Rae_vallavalitsus, lk 86
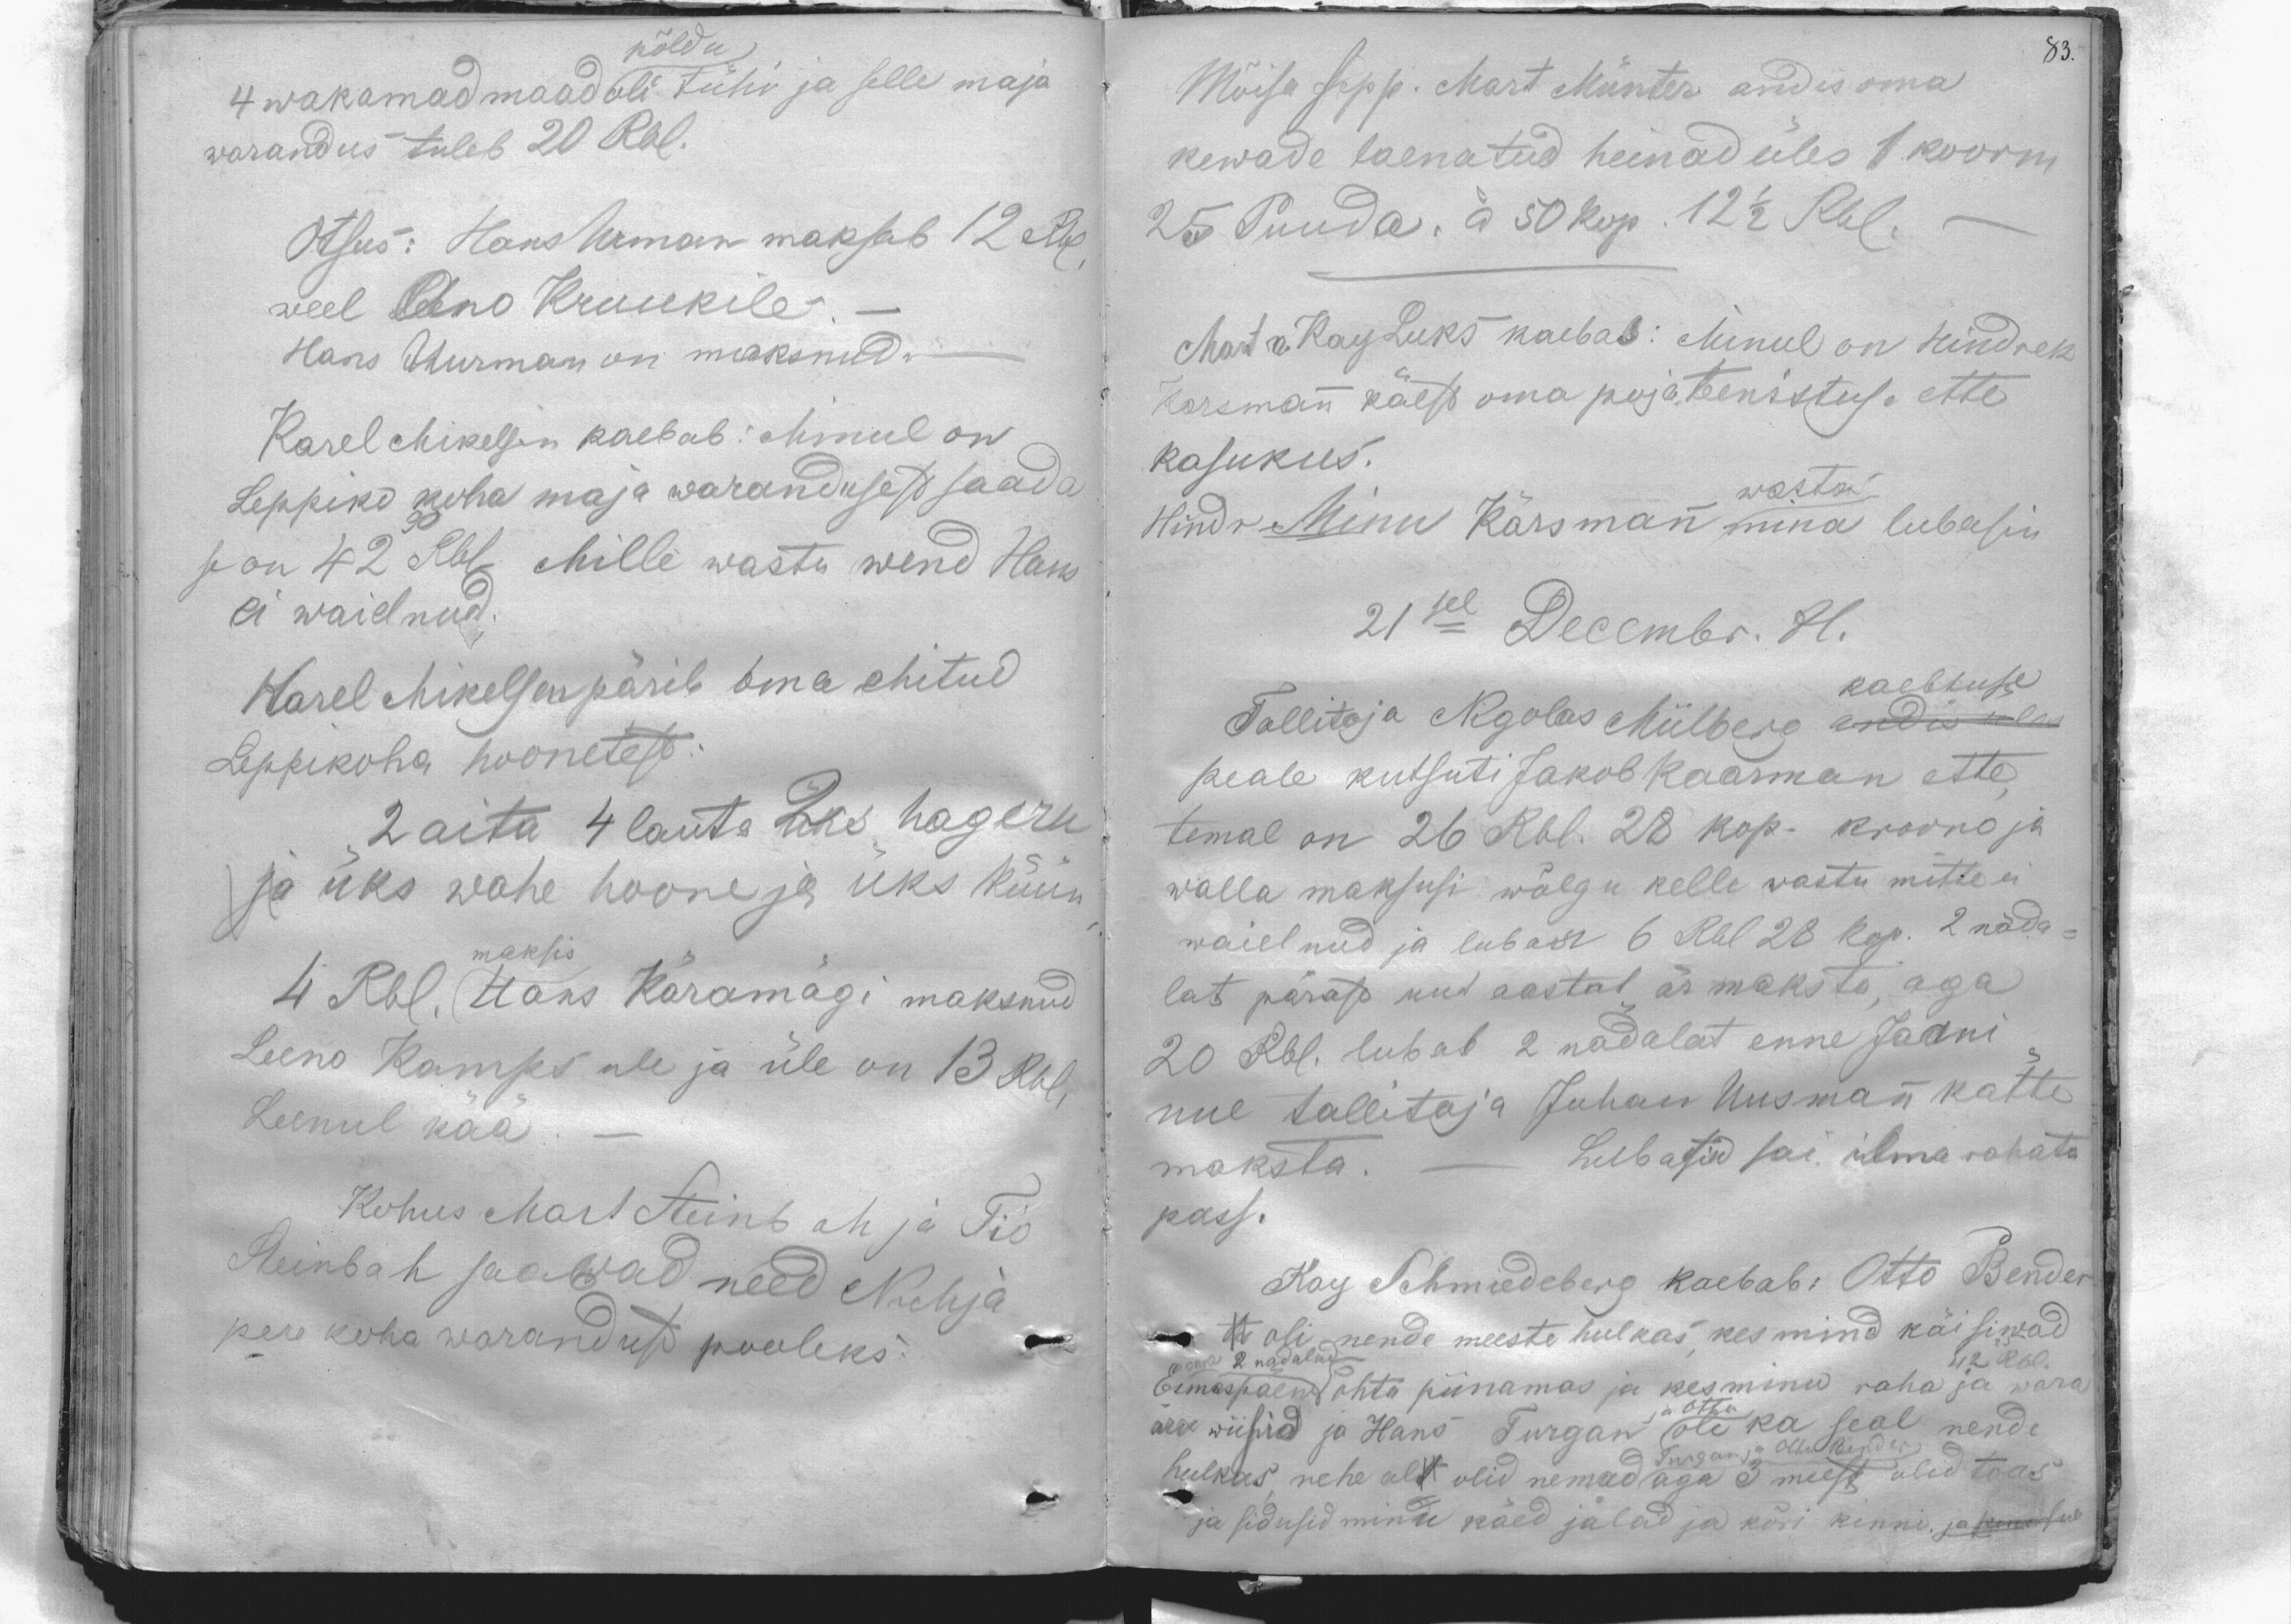
põldu
4 wakamad maad oli tühi ja selle maja
warandus tuleb 20 Rbl.
Otsus: Hans Urman maksab 12 Rbl.
weel Ano Kruukile.
Hans Uurman on maksnud.
Karel Mikelsen kaebab: Minul on
Leppiko koha maja warandusest saada
30
se on 42 Rbl Mille wastu wend Hans
ei waielnud.
Karel Mikelsen pärib oma ehitud
Leppikoha hoonetest:
2 aita 4 lauta üks hageru
ja üks wahe hoone ja üks küün
maksis
4 Rbl. Hans Käramagi maksnud
Leeno Kampsule ja üle on 13 Rbl,
Leenul kää
Kohus Mart Steinbah ja Tio
Steinbah saawad need Nuhja
pere koha warandust pooleks.

83.

Mõisa sepp. Mart Münter andis oma
kewade laenatud heinad üles 1 koorm
25 Puuda. á 50 kop. 12 1/2 Rbl.
Mart n. Kay Luks kaebas: Minul on Hindrek
Kersmann käest oma poja teenistuse ette
kasukus.
Hindr Minu Kärsmann mina lubasin
wasta
21sel Decembr. 81.
Tallitaja Nigolas Miilberg andis üles
kaebtuse
peale kutsuti Jakob Kaarman ette,
temal on 26 Rbl. 28 kop. kroono ja
walla maksusi wõlgu kelle wastu mitte ei
waielnud ja lubas 6 Rbl 28 kop. 2 näda-
lat pärast uut aastat är maksta, aga
20 Rbl. lubab 2 nädalat enne Jaani
uue tallitaja Juhan Uusmann kätte
maksta. - Lubasid sai ilma rahata
pass.
Kay Schmiedeberg kaebab: Otto Bender
on oli nende meeste hulkas, kes mind käisiwad
enne 2 nadalad
Esmaspäew õhtu piinamas ja kes minu raha ja wara
12 Rbl.
ara wiisid ja Hans Turgan ja Otto oli. ka seal nende
Turgan ja Otto Bender
hulkas, rehe alt olid nemad aga 3 meest olid toas
ja sidusid minu käed jalad ja kõri kinni ja punased